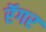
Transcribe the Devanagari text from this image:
रॅगर